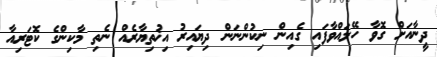
ދީނާއަށް ގޮވާ ހޭލައްވާފައި ގެއިން ނިކުންނަން ދިޔައިރު އިޚުތިޔާރެއް ނެތި މާކިންގެ ކޮޓަރިއާ